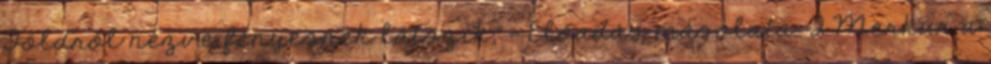
Földről nézve fényesnek látszik,"— Előadás másolata: 2 Merkúr a